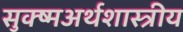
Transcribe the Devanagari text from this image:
सुक्ष्मअर्थशास्त्रीय